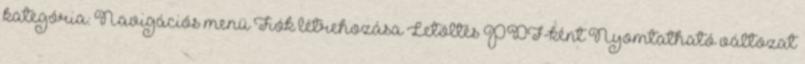
kategória: Navigációs menü Fiók létrehozása Letöltés PDF-ként Nyomtatható változat